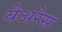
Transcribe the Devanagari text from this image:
येअरेस